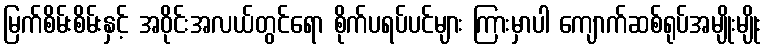
မြက်စိမ်းစိမ်းနှင့် အဝိုင်းအလယ်တွင်ရော စိုက်ပရပ်ပင်များ ကြားမှာပါ ကျောက်ဆစ်ရုပ်အမျိုးမျိုး